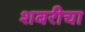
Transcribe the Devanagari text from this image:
शबरीचा